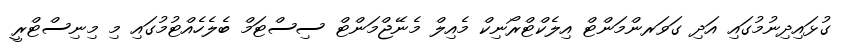
ގުޅައިދިނުމުގައި އަދި ގަވަރންމަންޓް އިލެކްޓްރޯނިކް މެއިލް މެނޭޖްމަންޓް ސިސްޓަމް ބެލެހެއްޓުމުގައި މި މިނިސްޓްރީ